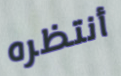
أنتظره